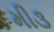
મી૩